Vaccination in the Punjab 1883-1896 - 1883-1896
Year: 1883
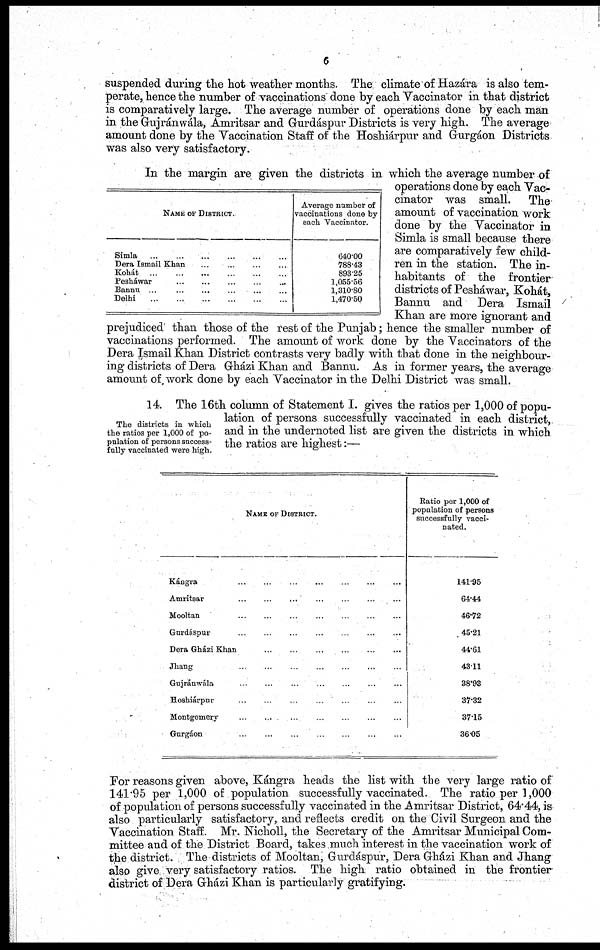
6
suspended during the hot weather months. The climate of Hazára is also tem-
perate, hence the number of vaccinations done by each Vaccinator in that district
is comparatively large. The average number of operations done by each man
in the Gujránwála, Amritsar and Gurdáspur Districts is very high. The average
amount done by the Vaccination Staff of the Hoshiárpur and Gurgáon Districts
was also very satisfactory.
NAME OF DISTRICT.
Simla
...
...
...
...
...
...
Dera Ismail Khan
...
...
...
...
Kohát
...
...
...
...
...
...
Pesháwar ... ... ... ... ... ...
Bannu ... ... ... ... ... ...
Delhi
...
...
...
...
...
...
Average number of
vaccinations done by
each Vaccinator.
640.00
788.43
893.25
1,055.56
1,310.80
1,470.50
In the margin are given the districts in which the average number of
operations done by each Vac-
cinator was small. The
amount of vaccination work
done by the Vaccinator in
Simla is small because there
are comparatively few child-
ren in the station. The in-
habitants of the frontier
districts of Pesháwar, Kohát,
Bannu and Dera Ismail
Khan are more ignorant and
prejudiced' than those of the rest of the Punjab; hence the smaller number of
vaccinations performed. The amount of work done by the Vaccinators of the
Dera Ismail Khan District contrasts very badly with that done in the neighbour-
ing districts of Dera Gházi Khan and Bannu. As in former years, the average
amount of work done by each Vaccinator in the Delhi District was small.
The districts in which
the ratios per 1,000 of po-
pulation of persons success-
fully vaccinated were high.
14. The 16th column of Statement I. gives the ratios per 1,000 of popu-
lation of persons successfully vaccinated in each district,
and in the undernoted list are given the districts in which
the ratios are highest:—
NAME OF DISTRICT.
Kángra
...
...
...
...
...
...
...
Amritsar ... ... ... ... ... ... ...
Mooltan
...
...
...
...
...
...
...
Gurdáspur ... ... ... ... ... ... ...
Dera Gházi Khan
...
...
...
...
...
...
Jhang ... ... ... ... ... ... ...
Gujránwála ... ... ... ... ... ... ...
Hoshiárpur ... ... ... ... ... ... ...
Montgomery ... ... ... ... ... ... ...
Gurgáon ... ... ... ... ... ... ...
Ratio per 1,000 of
population of persons
successfully vacci-
nated.
141.95
64.44
46.72
45.21
44.61
43.11
38.93
37.32
37.15
36.05
For reasons given above, Kángra heads the list with the very large ratio of
141.95 per 1,000 of population successfully vaccinated. The ratio per 1,000
of population of persons successfully vaccinated in the Amritsar District, 64.44, is
also particularly satisfactory, and reflects credit on the Civil Surgeon and the
Vaccination Staff. Mr. Nicholl, the Secretary of the Amritsar Municipal Com-
mittee and of the District Board, takes much interest in the vaccination work of
the district. The districts of Mooltan, Gurdáspur, Dera Gházi Khan and Jhang
also give very satisfactory ratios. The high ratio obtained in the frontier
district of Dera Gházi Khan is particularly gratifying.